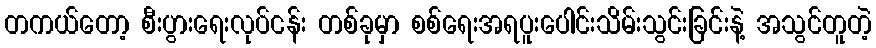
တကယ်တော့ စီးပွားရေးလုပ်ငန်း တစ်ခုမှာ စစ်ရေးအရပူးပေါင်းသိမ်းသွင်းခြင်းနဲ့ အသွင်တူတဲ့